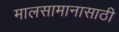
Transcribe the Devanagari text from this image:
मालसामानासाठी